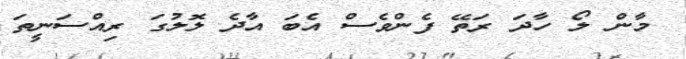
މާން ލޯ ހާދަ ރަތޭ ފެންވެސް އެބަ އާދެ ލޮލުގަ ރިއްސަނީތަ